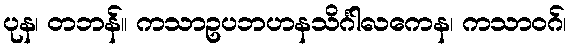
ပုန၊ တဘန်။ ကသာဥပဘဟနသိင်္ဂါလကေန၊ ကသာဝဂ်၊